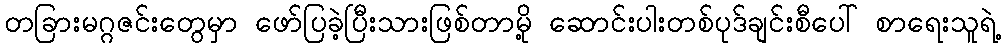
တခြားမဂ္ဂဇင်းတွေမှာ ဖော်ပြခဲ့ပြီးသားဖြစ်တာမို့ ဆောင်းပါးတစ်ပုဒ်ချင်းစီပေါ် စာရေးသူရဲ့